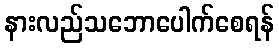
နားလည်သဘောပေါက်စေရန်